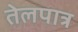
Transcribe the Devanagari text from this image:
तेलपात्र